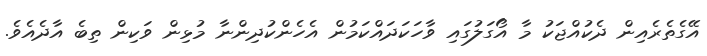
އޭގެތެރެއިން ދެކުއްޖަކު މާ އޯގަލުގައި ވާހަކަދައްކަމުން އެހެންކުދިންނާ މުޅިން ވަކިން ތިބެ އާދެއެވެ.